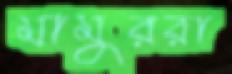
মামুররা